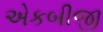
એકબીજી